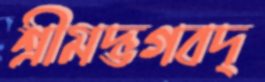
শ্রীমদ্ভগবদ্